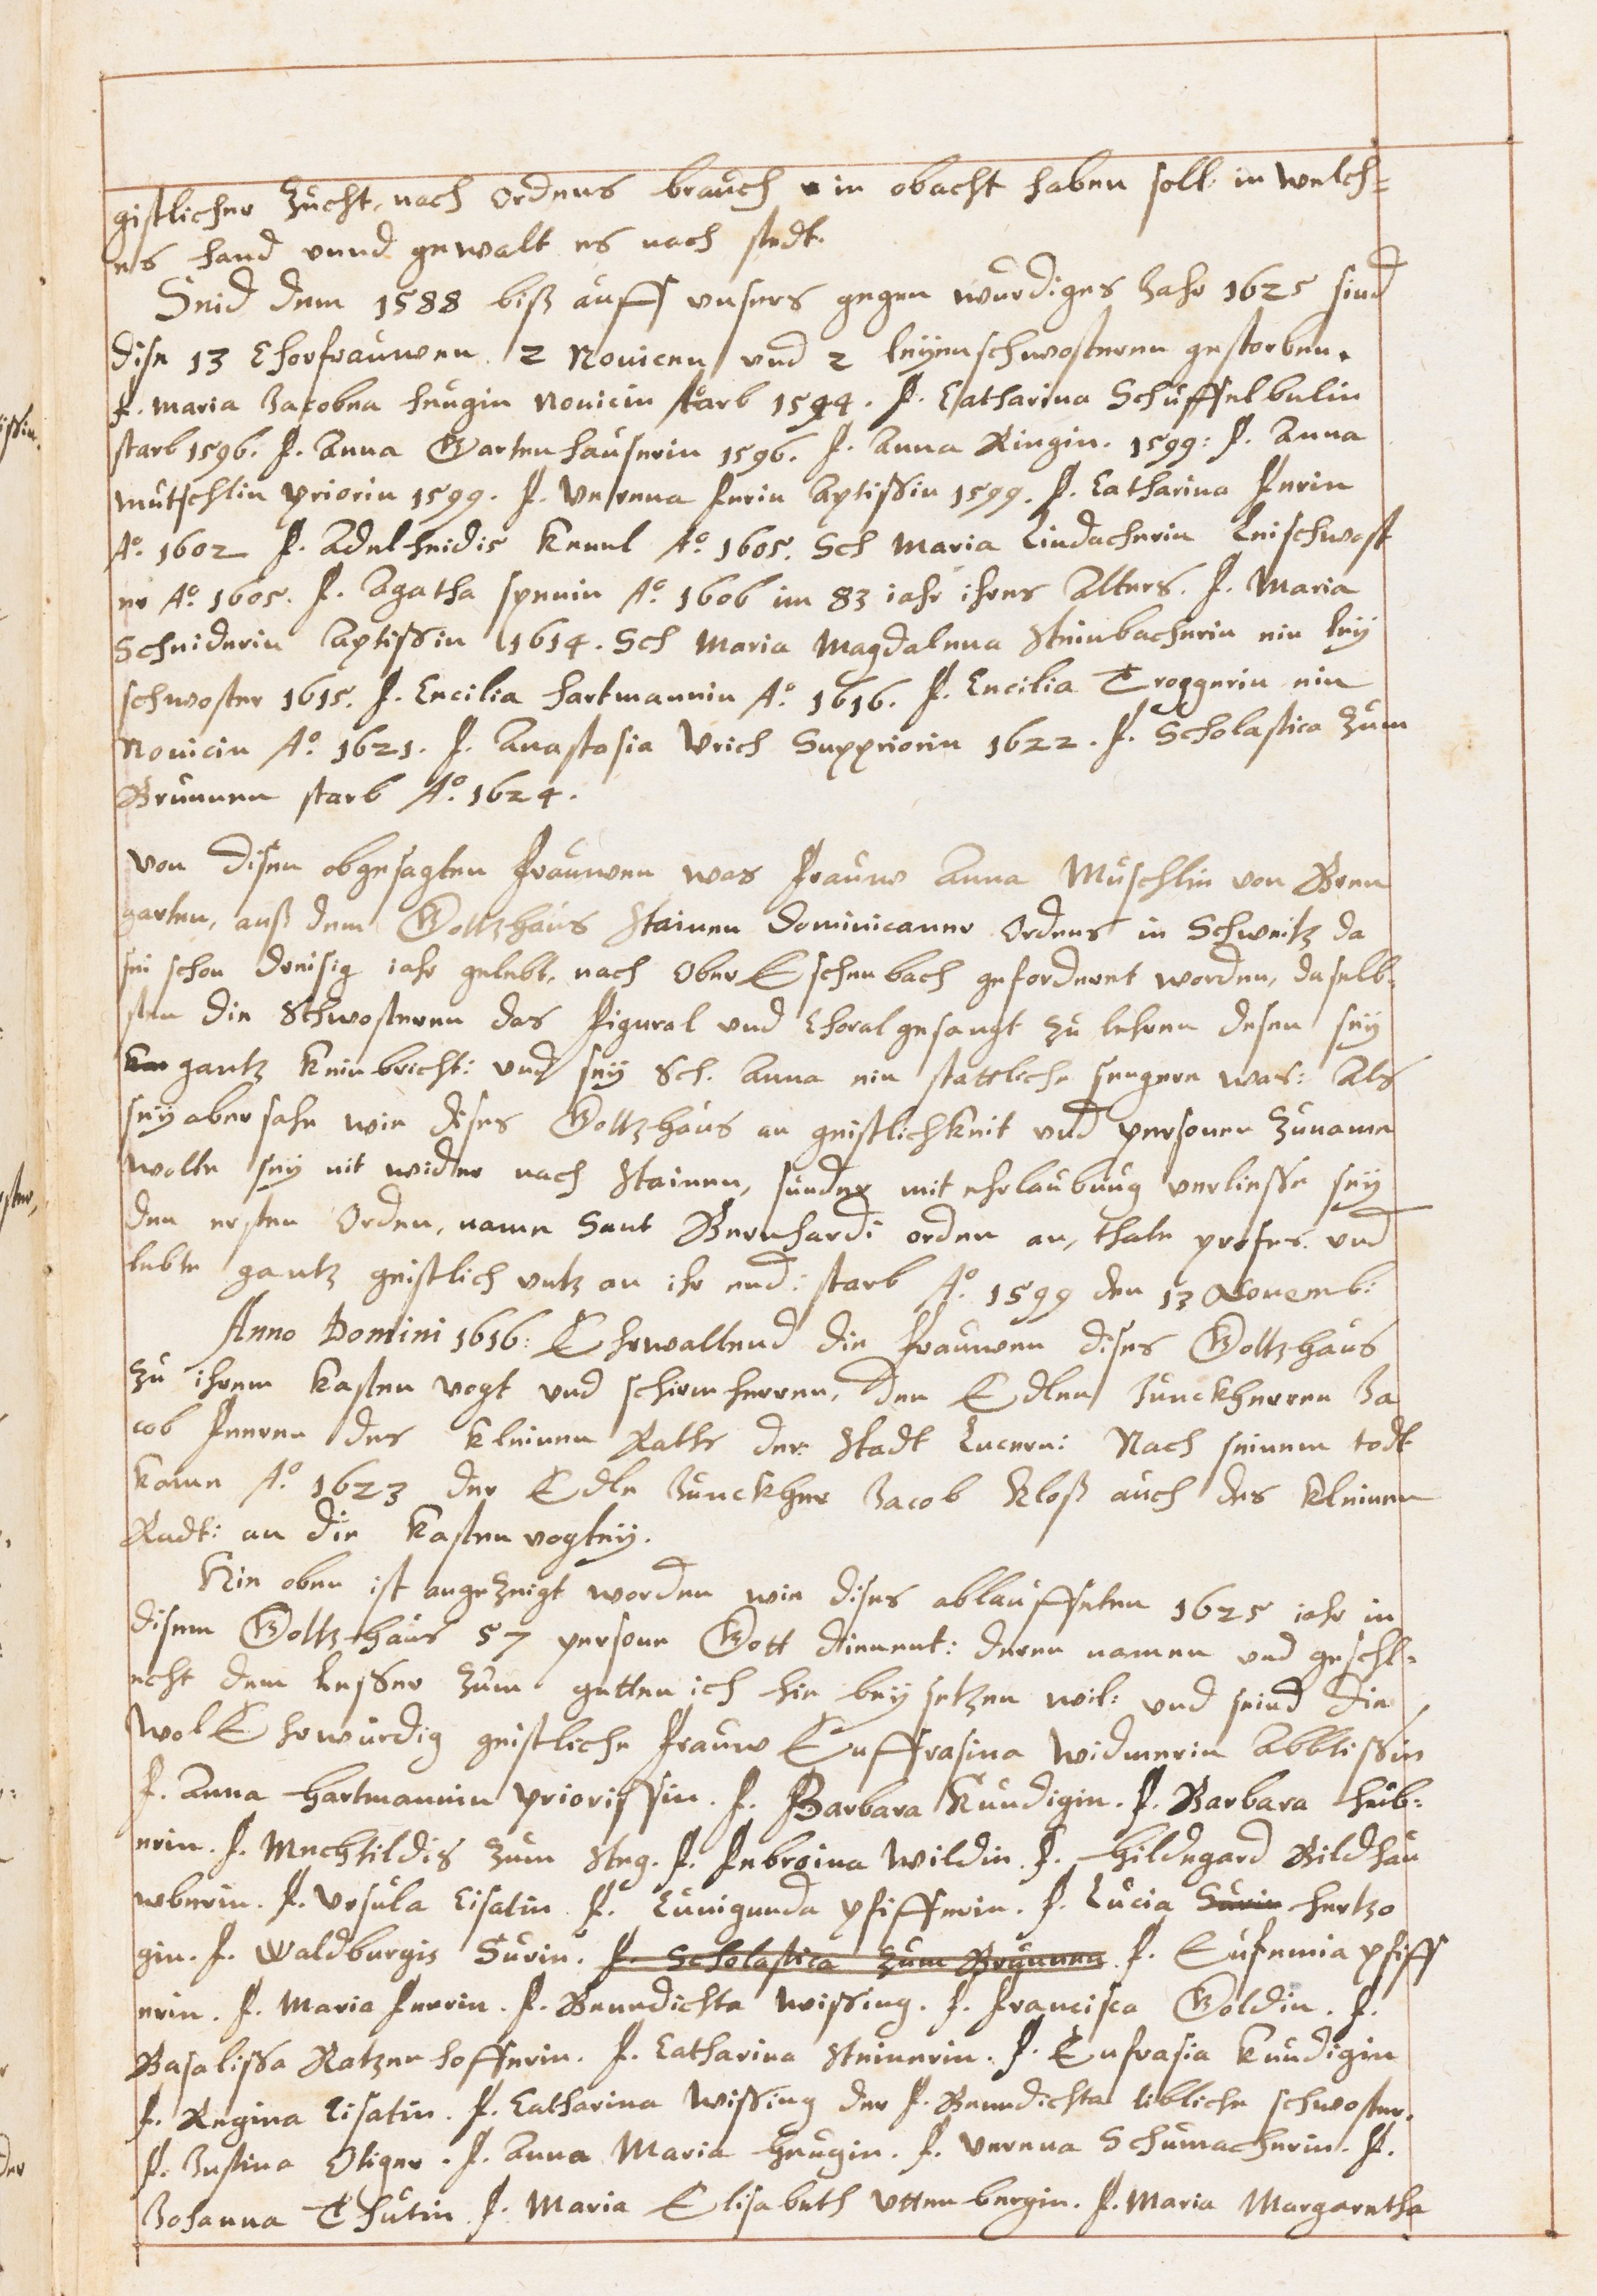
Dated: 1629–1659